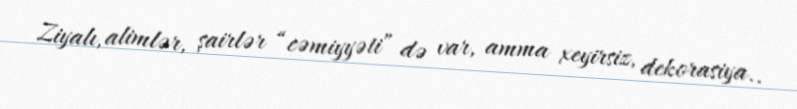
Ziyalı, alimlər, şairlər “cəmiyyəti” də var, amma xeyirsiz, dekorasiya..